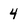
Character: 4